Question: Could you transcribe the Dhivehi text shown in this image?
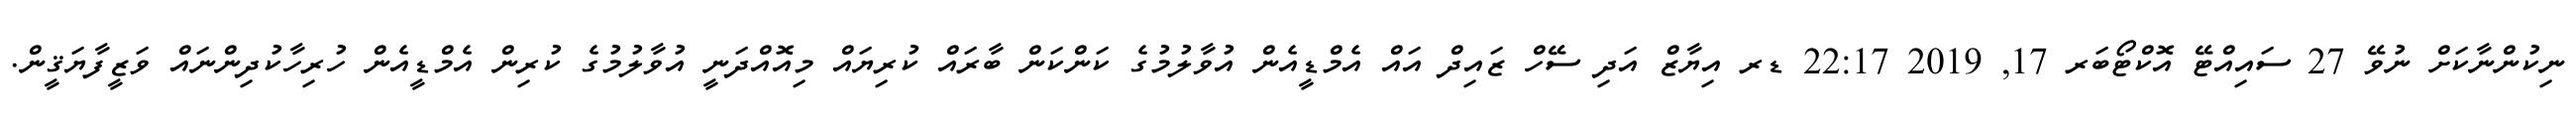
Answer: ނިކުންނާކަށް ނުވޭ 27 ސައިއްޓޭ އޮކްޓޯބަރ 17, 2019 22:17 ޑރ އިޔާޒް އަދި ސޭހް ޒައިދް އައް އެމްޑީއެން އުވާލުމުގެ ކަންކަން ބާރައް ކުރިޔައް މިއޮއްދަނީ އުވާލުމުގެ ކުރިން އެމްޑީއެން ހުރިހާކުދިންނައް ވަޒީފާޔަޤީން.